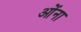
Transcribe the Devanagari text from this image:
ओंना